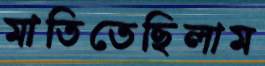
মাতিতেছিলাম